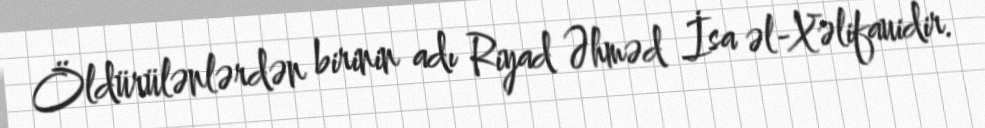
Öldürülənlərdən birinin adı Riyad Əhməd İsa əl-Xəlifauidir.